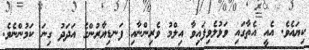
ކިޔައެވެ. އެއީ އެތާގައި ވަޅުލެވިފައިވާ އިލްމު ވެރިންނާއި ފަނޑިޔާރުންގެ އަދަދު ގިނަ ކަމުންނެވެ.